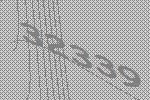
32339